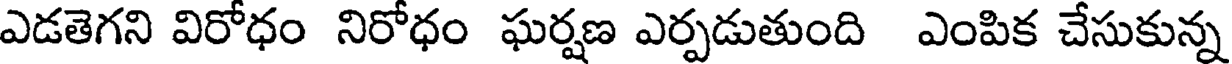
ఎడతెగని విరోధం నిరోధం ఘర్షణ ఎర్పడుతుంది ఎంపిక చేసుకున్న